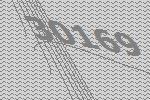
30169